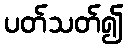
ပတ်သတ်၍